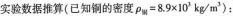
实验数据推算(已知铜的密度$$\rho_{铜} =8.9×10^{3}kg/m^{3})$$: